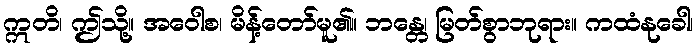
ဣတိ၊ ဤသို့။ အဝေါစ၊ မိန့်တော်မူ၏။ ဘန္တေ၊ မြတ်စွာဘုရား။ ကထံနုခေါ၊